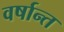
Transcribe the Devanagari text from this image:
वर्षान्त